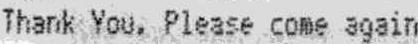
THANK YOU. PLEASE COME AGAIN